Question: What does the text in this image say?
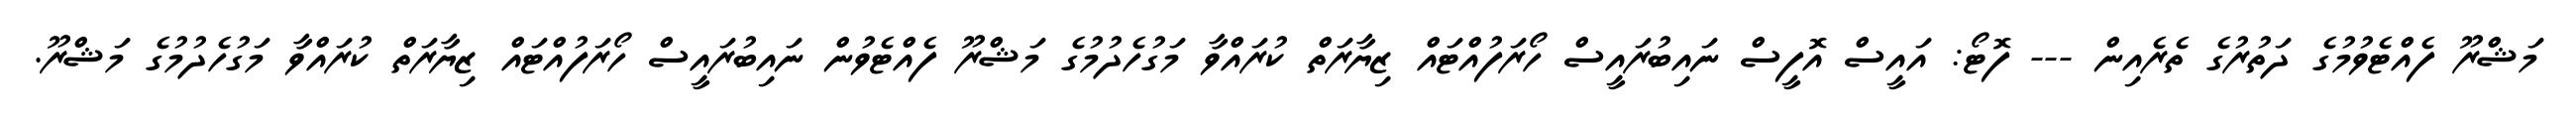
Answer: މަޝްރޫ ފެއްޓެވުމުގެ ދަތުރުގެ ތެރެއިން --- ފޮޓޯ: އައީސް އޮފީސް ނައިބުރައީސް ހޯރަފުއްޓައް ޒިޔާރަތް ކުރައްވާ މަގުހެދުމުގެ މަޝްރޫ ފެއްޓެވުން ނައިބުރައީސް ހޯރަފުއްޓައް ޒިޔާރަތް ކުރައްވާ މަގުހެދުމުގެ މަޝްރޫ.